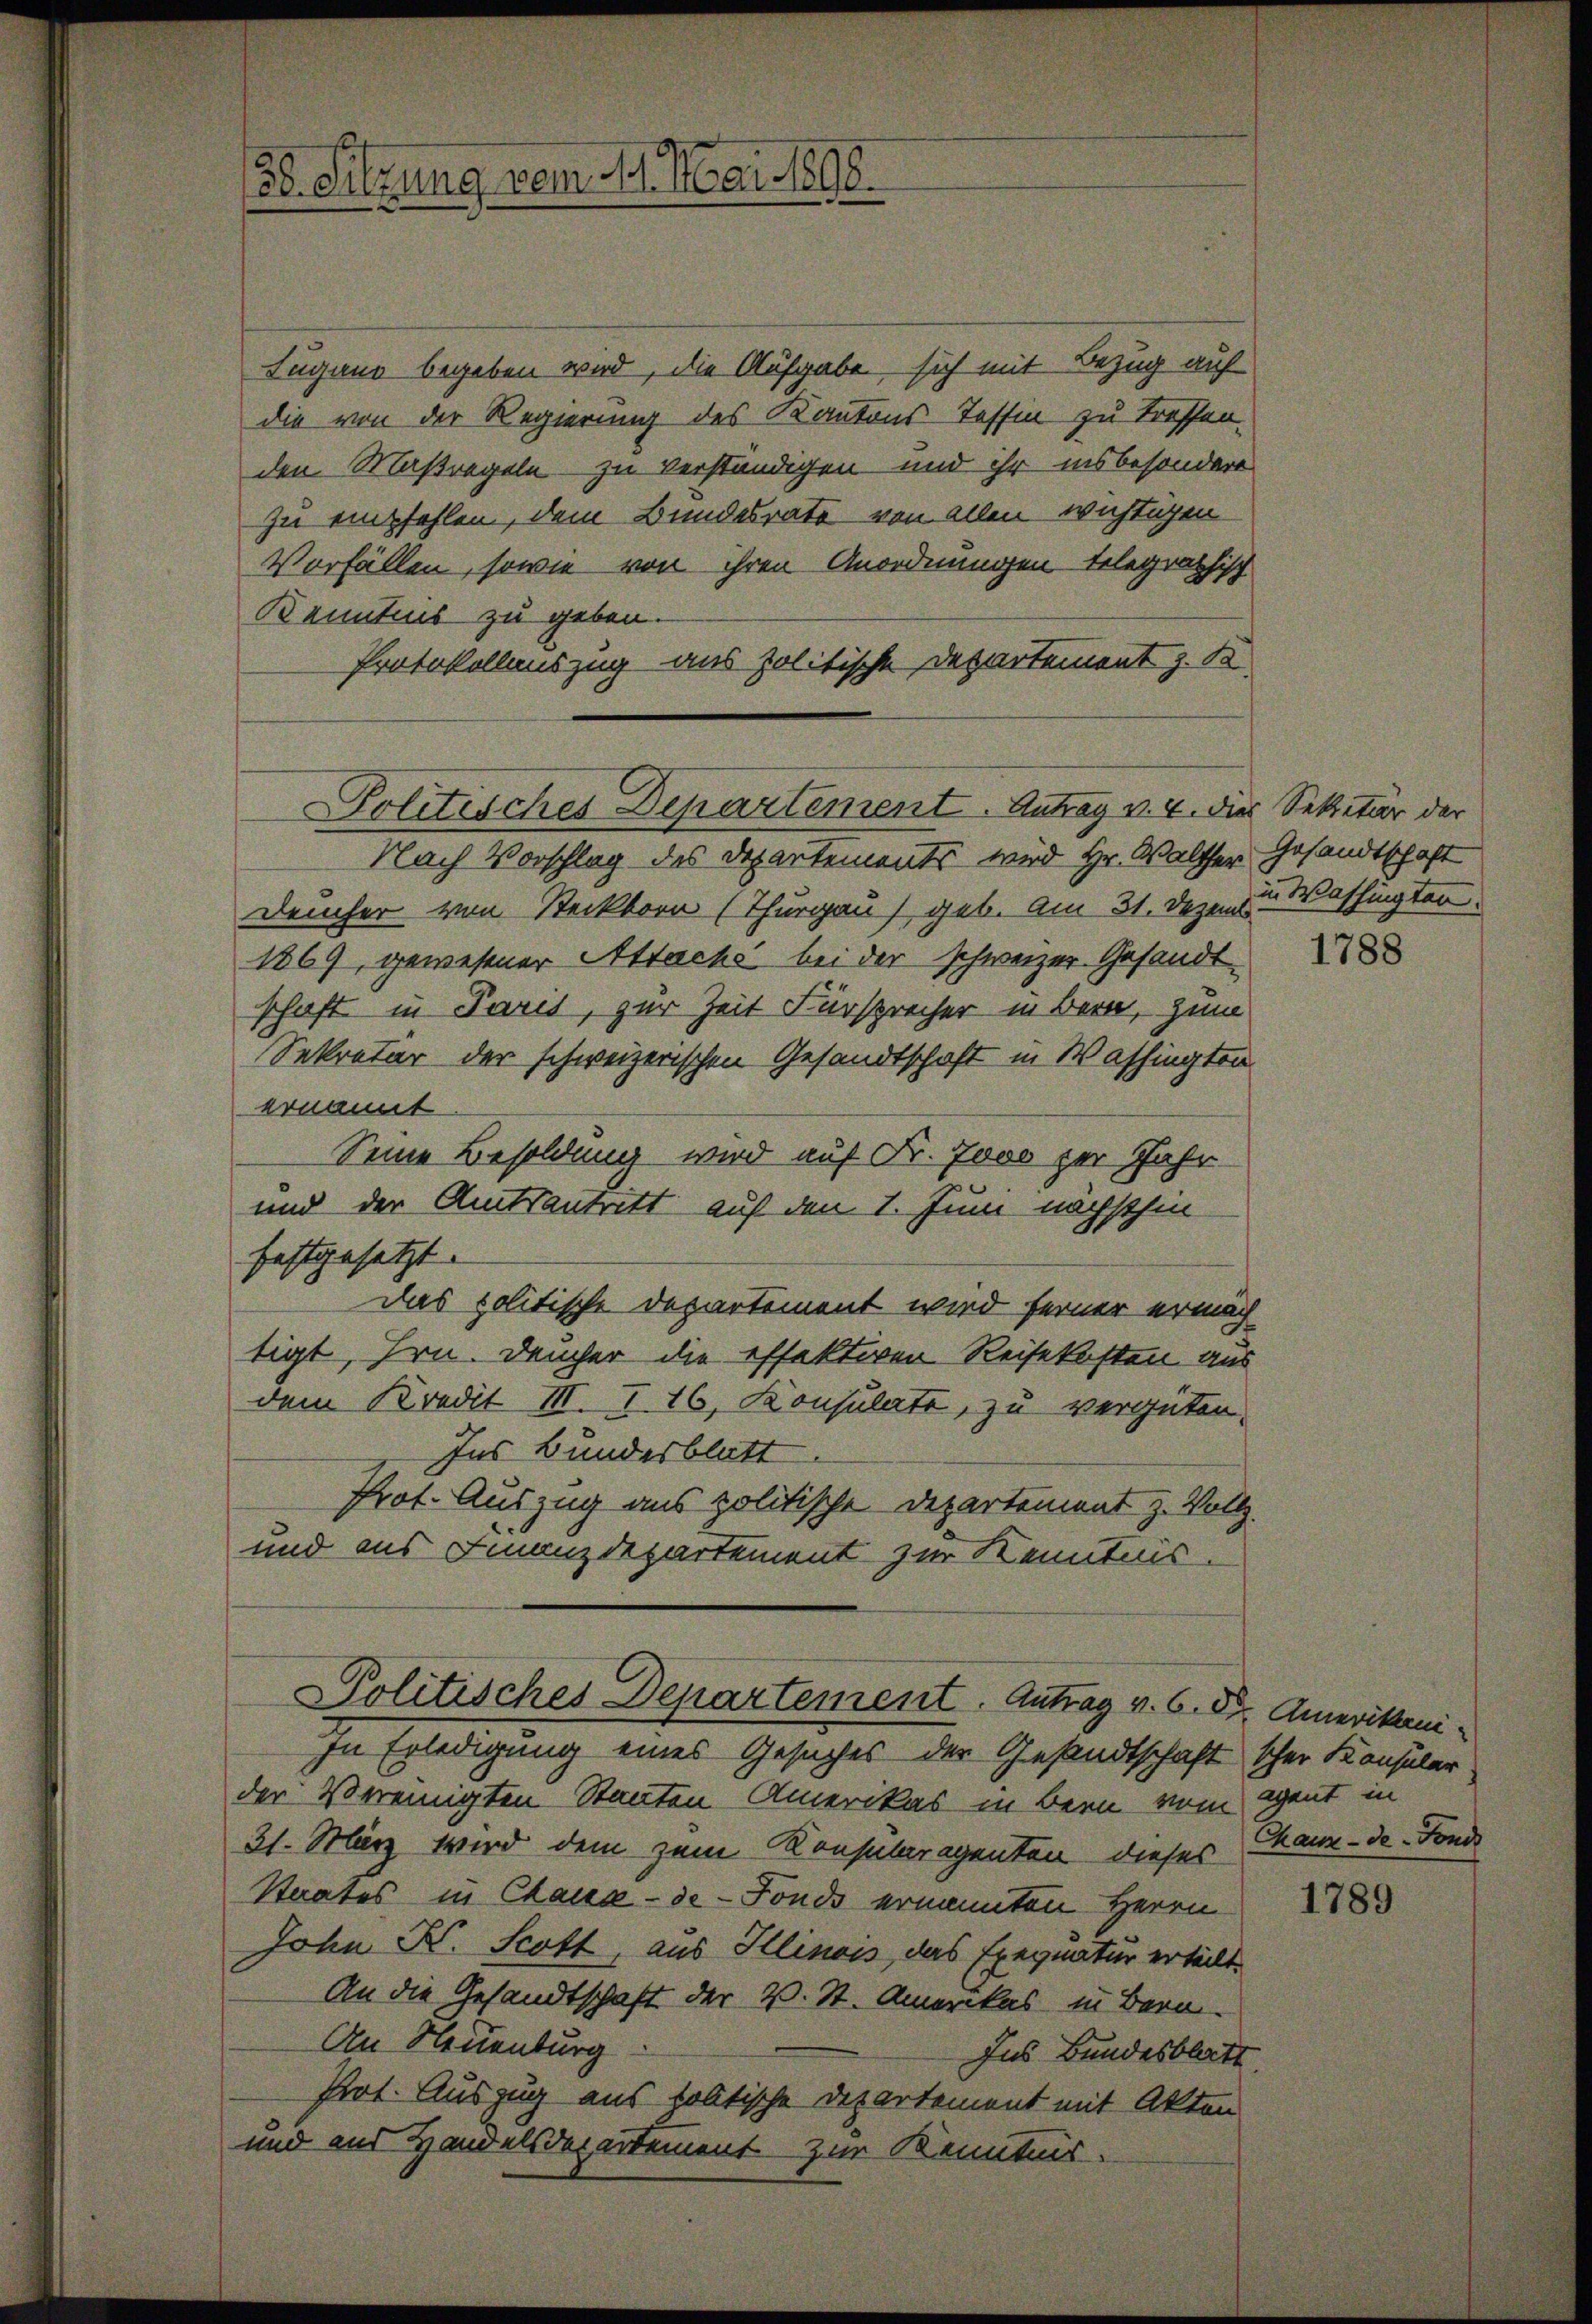
38. Sitzung vom 14. Mai 1808.

Lugano begeben wird, die Aufgabe sich mit Bezug auf
die von der Regierung des Kantons Tessin zu treffen.
den Maßregeln zu verständigen und ihr insbesondere
zu empfehlen, dem Bundesrate von allen wichtigen
Vorfällen, sowie von ihren Anordnungen telegraphisch
Kenntnis zu geben.
Protokollauszug aus politische Departement z. S
Nach Vorschlag des Departements wird Hr. Walther Gesandtschaft
Demher von Steckborn (Thurgau geb. Am 31. Dezem Washingten
1869, gewesener Attachs bei der schweizer Gesandtschaft in Paris, zur Zeit Fürsprecher in Bern, zum
Sekretär der schweizerischen Gesandtschaft in Washingten
ernannt
Seine Besoldung wird auf Fr. Jovo zur Jahr
und der Amtsantritt auf den 1. Juni nächsthin
festgesetzt.
Das politische Departement wird ferner ermach
tigt, Hrn. Deucher die effektiven Reisekosten aus
dem Kredit III. I. 16, Konsulate, zu vergüten.
Ins Bundesblatt
Prot. Auszug aus politische Departement z. Vollz
und aus Finanzdepartement zur Kenntnis.
Politisches Departement. Antrag v. 6. Dr. Amerikani
zu Erledigung eines Gesuches der Gesandtschaft schon Konsular.
der Vereinigten Staaten Amerikas in Bern vom Cent in
21. März wird dem zum Konsularegenten dieses Tanz-de-Fonde
Staates in Chaux-de-Fonds ernannten Herrn
John B. Scott, aus Illinois, das Exequatur erteilt.
An die Gesandtschaft der V. St. Amerikas in Bern-
An Neuenburg
Ins Bundesblatt
Prot. Auszug aus kolitische Departement mit Akten
und ans Handelsdepartement zur Kenntnis.

Politisches Departement. Antrag v. 4. dies Sekretär der

1788

1789